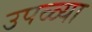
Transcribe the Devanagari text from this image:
उपळ्या